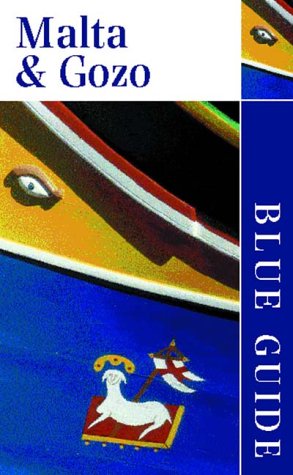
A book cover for Blue Guide Malta and Gozo (Fifth Edition)  (Blue Guides); Geoffrey Aquilina Ross; Travel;